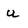
Character: u